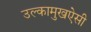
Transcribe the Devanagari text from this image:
उल्कामुखऐसी